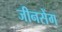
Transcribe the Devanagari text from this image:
जीनसेंग